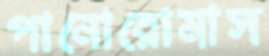
পানোরোমাস